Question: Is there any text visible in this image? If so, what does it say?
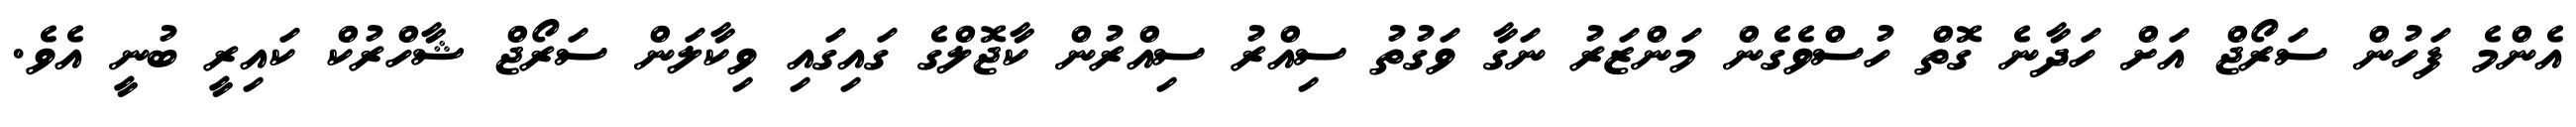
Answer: އެންމެ ފަހުން ސަރޯޖް އަށް ހަދާނެ ގޮތް ހުސްވެގެން މަންޒަރު ނަގާ ވަގުތު ސިއްރު ސިއްރުން ކާޖޮލްގެ ގައިގައި ވިކާލަން ސަރޯޖް ޝާހްރުކް ކައިރީ ބުނީ އެވެ.